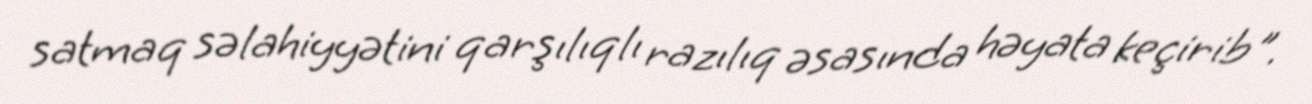
satmaq səlahiyyətini qarşılıqlı razılıq əsasında həyata keçirib".